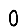
Digit: 0